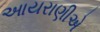
આયરાણીએ